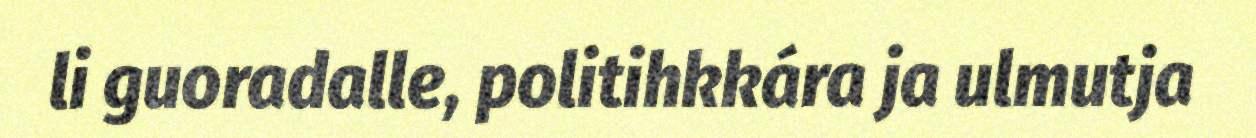
li guoradalle, politihkkára ja ulmutja